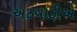
અઠવાડીએ